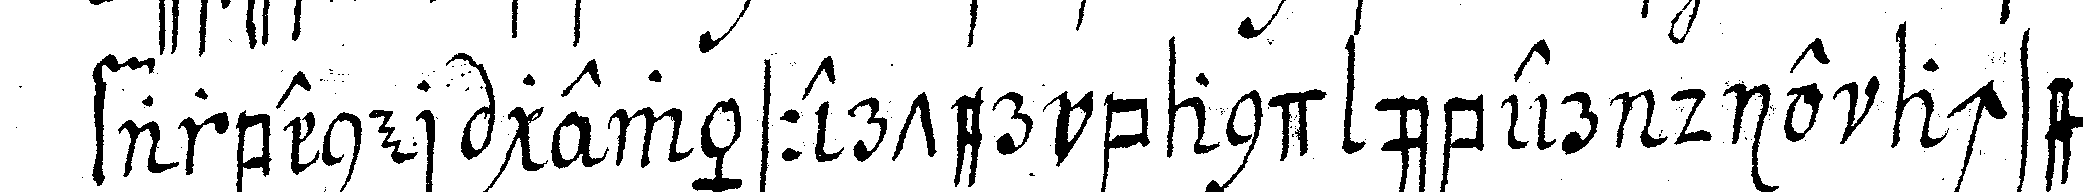
farbener gewässerter band über die achsel